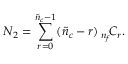
{ \cal N } _ { 2 } = \sum _ { r = 0 } ^ { \tilde { n } _ { c } - 1 } ( \tilde { n } _ { c } - r ) \, { } _ { n _ { f } } \! C _ { r } .